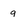
Character: 9